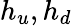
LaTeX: h_{u},h_{d}